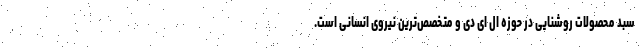
سبد محصولات روشنایی در حوزه ال ای دی و متخصص‌ترین نیروی انسانی است.